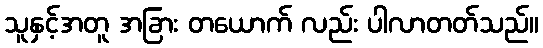
သူနှင့်အတူ အခြား တယောက် လည်း ပါလာတတ်သည်။